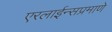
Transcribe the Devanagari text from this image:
एरलाईन्सप्रमाणे